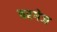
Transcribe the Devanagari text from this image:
बरगेज